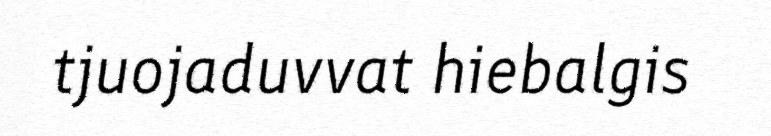
tjuojaduvvat hiebalgis